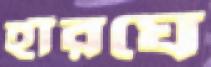
হাঁরঘে